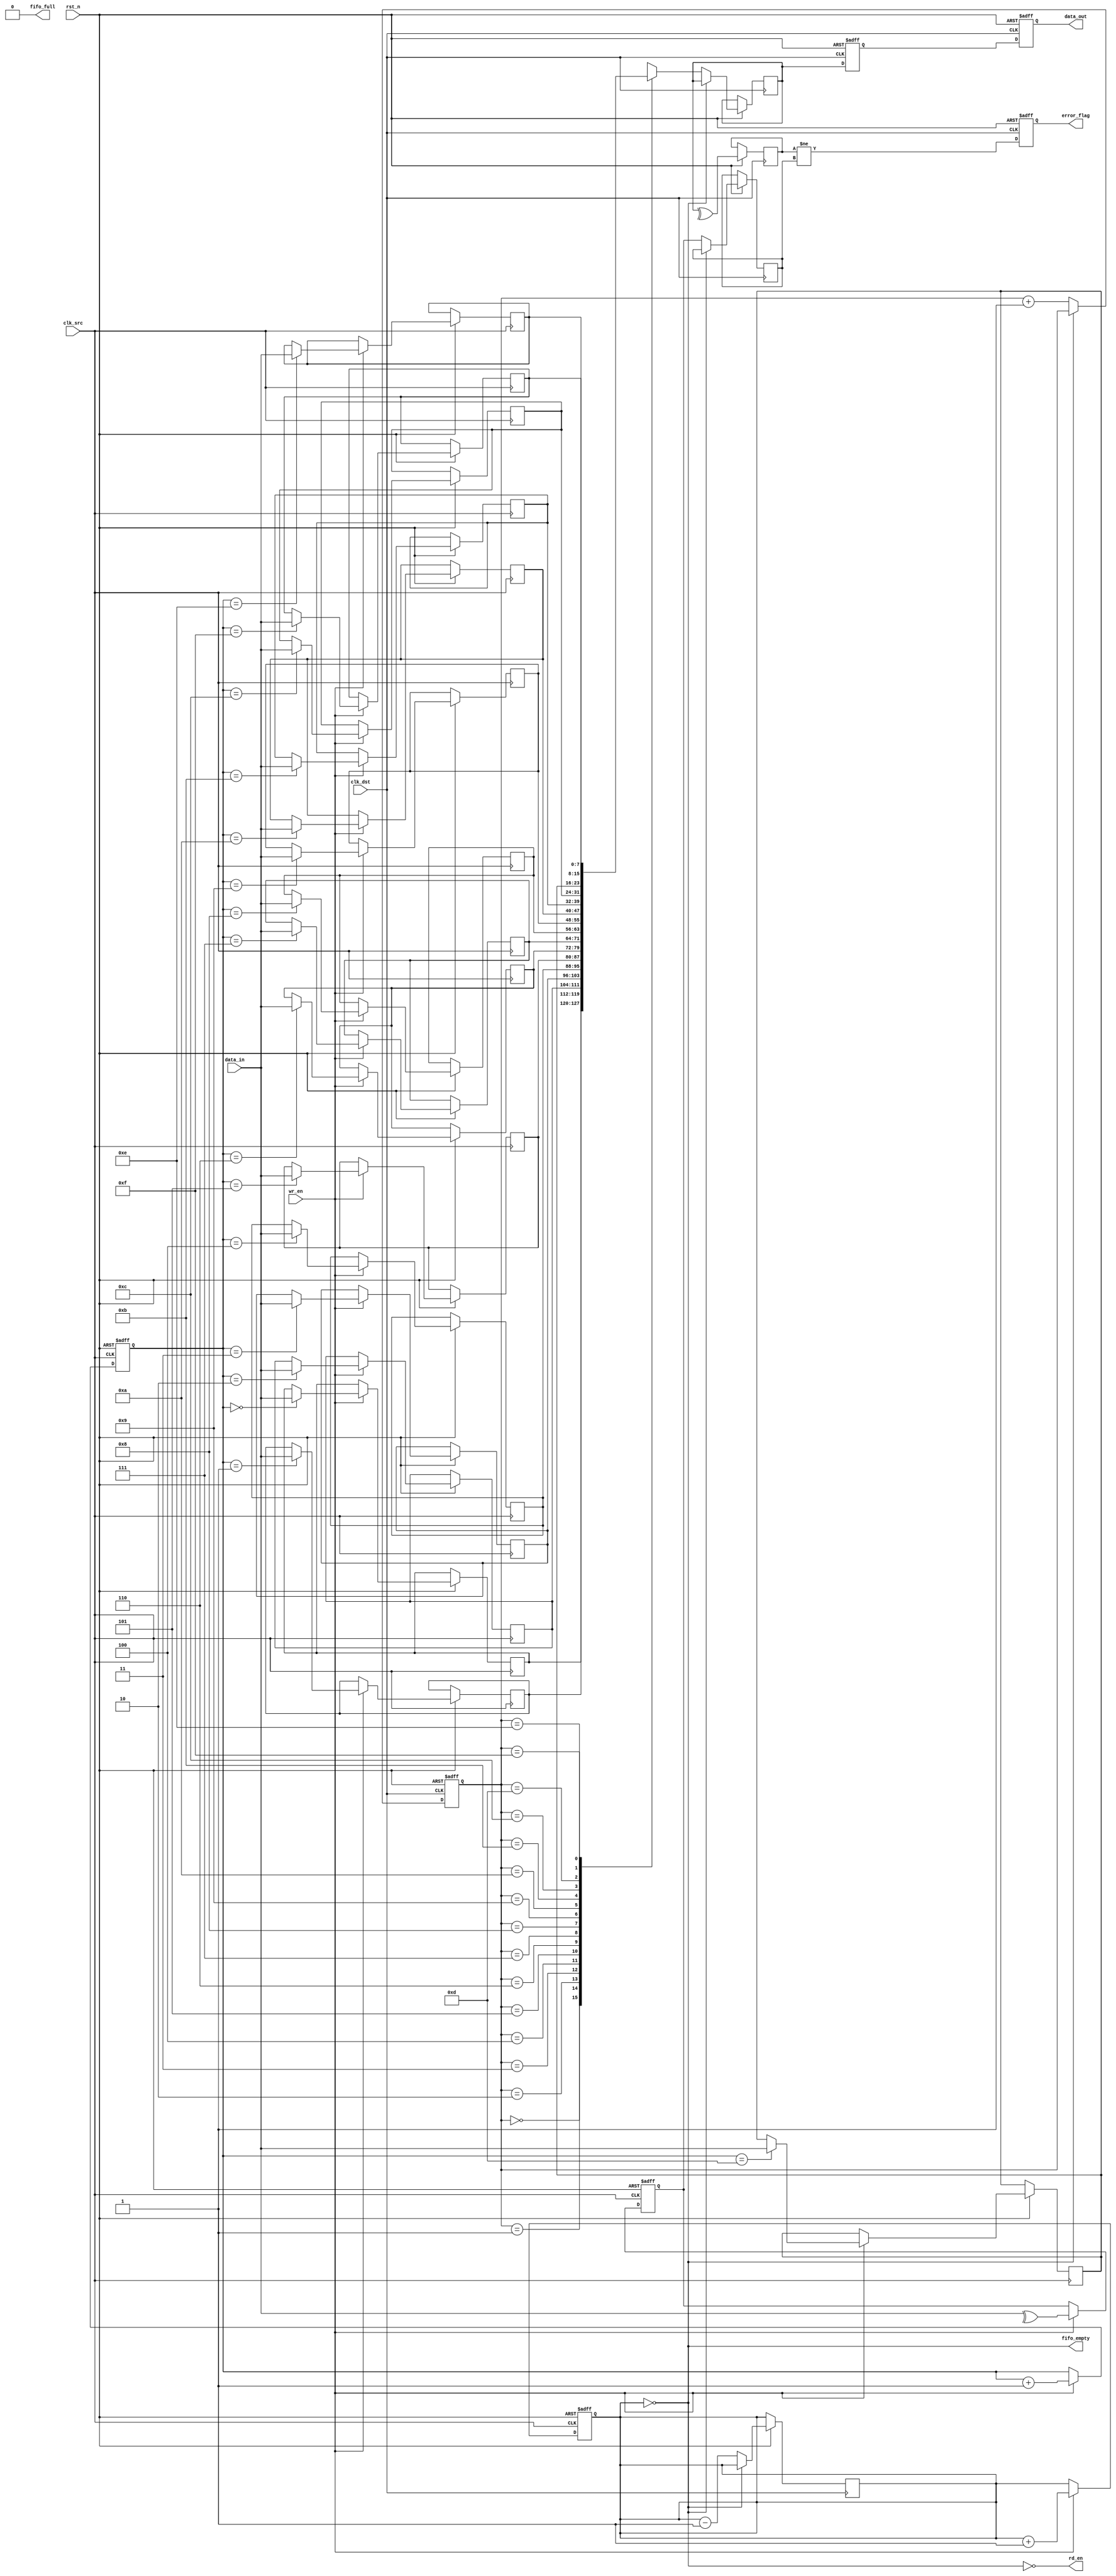
module cdc_memory_blocks (
    input wire clk_src,          // Source Clock
    input wire clk_dst,          // Destination Clock
    input wire rst_n,            // Active low reset
    input wire wr_en,            // Write enable signal (from source domain)
    input wire [7:0] data_in,    // Data input (8 bits)
    output wire rd_en,           // Read enable signal (to destination domain)
    output wire [7:0] data_out,   // Data output (8 bits)
    output wire error_flag,      // Error flag for parity check
    output wire fifo_full,       // FIFO full indicator
    output wire fifo_empty       // FIFO empty indicator
);

    // Parameters
    parameter FIFO_DEPTH = 16;
    parameter ADDR_WIDTH = 4; // Log2(FIFO_DEPTH)

    // FIFO buffer
    reg [7:0] fifo_mem [0:FIFO_DEPTH-1];
    reg [ADDR_WIDTH-1:0] wr_ptr;
    reg [ADDR_WIDTH-1:0] rd_ptr;
    reg [ADDR_WIDTH-1:0] fifo_count;
    reg parity_bit;

    // Error Detection Logic
    reg [7:0] received_data;
    reg received_parity;
    reg calculated_parity;

    // FIFO Write Logic
    always @(posedge clk_src or negedge rst_n) begin
        if (!rst_n) begin
            wr_ptr <= 0;
            fifo_count <= 0;
            parity_bit <= 0;
        end else if (wr_en && !fifo_full) begin
            fifo_mem[wr_ptr] <= data_in;
            parity_bit <= ^data_in; // Calculate parity
            wr_ptr <= wr_ptr + 1;
            fifo_count <= fifo_count + 1;
        end
    end

    // FIFO Read Logic
    always @(posedge clk_dst or negedge rst_n) begin
        if (!rst_n) begin
            rd_ptr <= 0;
        end else if (rd_en && !fifo_empty) begin
            received_data <= fifo_mem[rd_ptr];
            received_parity <= parity_bit; // Capture parity
            rd_ptr <= rd_ptr + 1;
            fifo_count <= fifo_count - 1;
        end
    end

    // FIFO Status Outputs
    assign fifo_full = (fifo_count == FIFO_DEPTH);
    assign fifo_empty = (fifo_count == 0);

    // Error Detection Logic
    always @(posedge clk_dst or negedge rst_n) begin
        if (!rst_n) begin
            error_flag <= 0;
        end else begin
            calculated_parity <= ^received_data; // Calculate received parity
            error_flag <= (calculated_parity != received_parity); // Compare
        end
    end

    // Synchronizer for data crossing
    reg [7:0] sync_data_0;
    reg [7:0] sync_data_1;

    always @(posedge clk_dst or negedge rst_n) begin
        if (!rst_n) begin
            sync_data_0 <= 0;
            sync_data_1 <= 0;
        end else begin
            sync_data_0 <= received_data; // 1st stage
            sync_data_1 <= sync_data_0;   // 2nd stage
        end
    end

    assign data_out = sync_data_1;

    // Control Logic for Read Enable (Example)
    assign rd_en = !fifo_empty;

endmodule